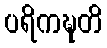
ပရိကဍ္ဎတိ